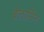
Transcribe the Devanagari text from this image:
बेलार्मिन